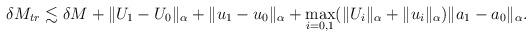
LaTeX: \begin{align*}\delta M_{tr} \lesssim \delta M + \| U_1 - U_0\|_{\alpha} + \| u_1 - u_0\|_{\alpha} + \max_{i = 0,1} (\| U_i \|_{\alpha} + \| u_i \|_{\alpha} ) \|a_1 - a_0 \|_{\alpha}.\end{align*}